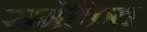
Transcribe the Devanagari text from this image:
समेकित